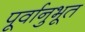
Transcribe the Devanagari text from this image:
पूर्वानुभूत